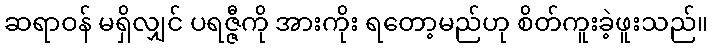
ဆရာဝန် မရှိလျှင် ပရဇ္ဇီကို အားကိုး ရတော့မည်ဟု စိတ်ကူးခဲ့ဖူးသည်။